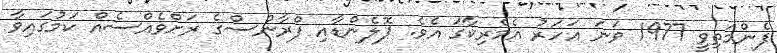
ފެންމަތިވީ 1977 ވަނަ އަހަރު އެމެރިކާގަ އެވެ. ޕޮލެންޑާއި ފްރާންސްގެ ރަށްވެއްސެއް ކަމުގައިވާ